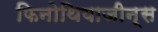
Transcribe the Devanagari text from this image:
फिनोथियाजीन्स